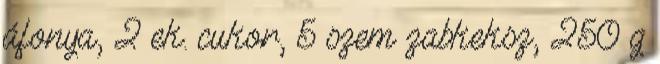
áfonya, 2 ek. cukor, 5 szem zabkeksz, 250 g